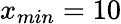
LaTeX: x_{min}=10